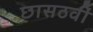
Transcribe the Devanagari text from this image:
छासठवीं